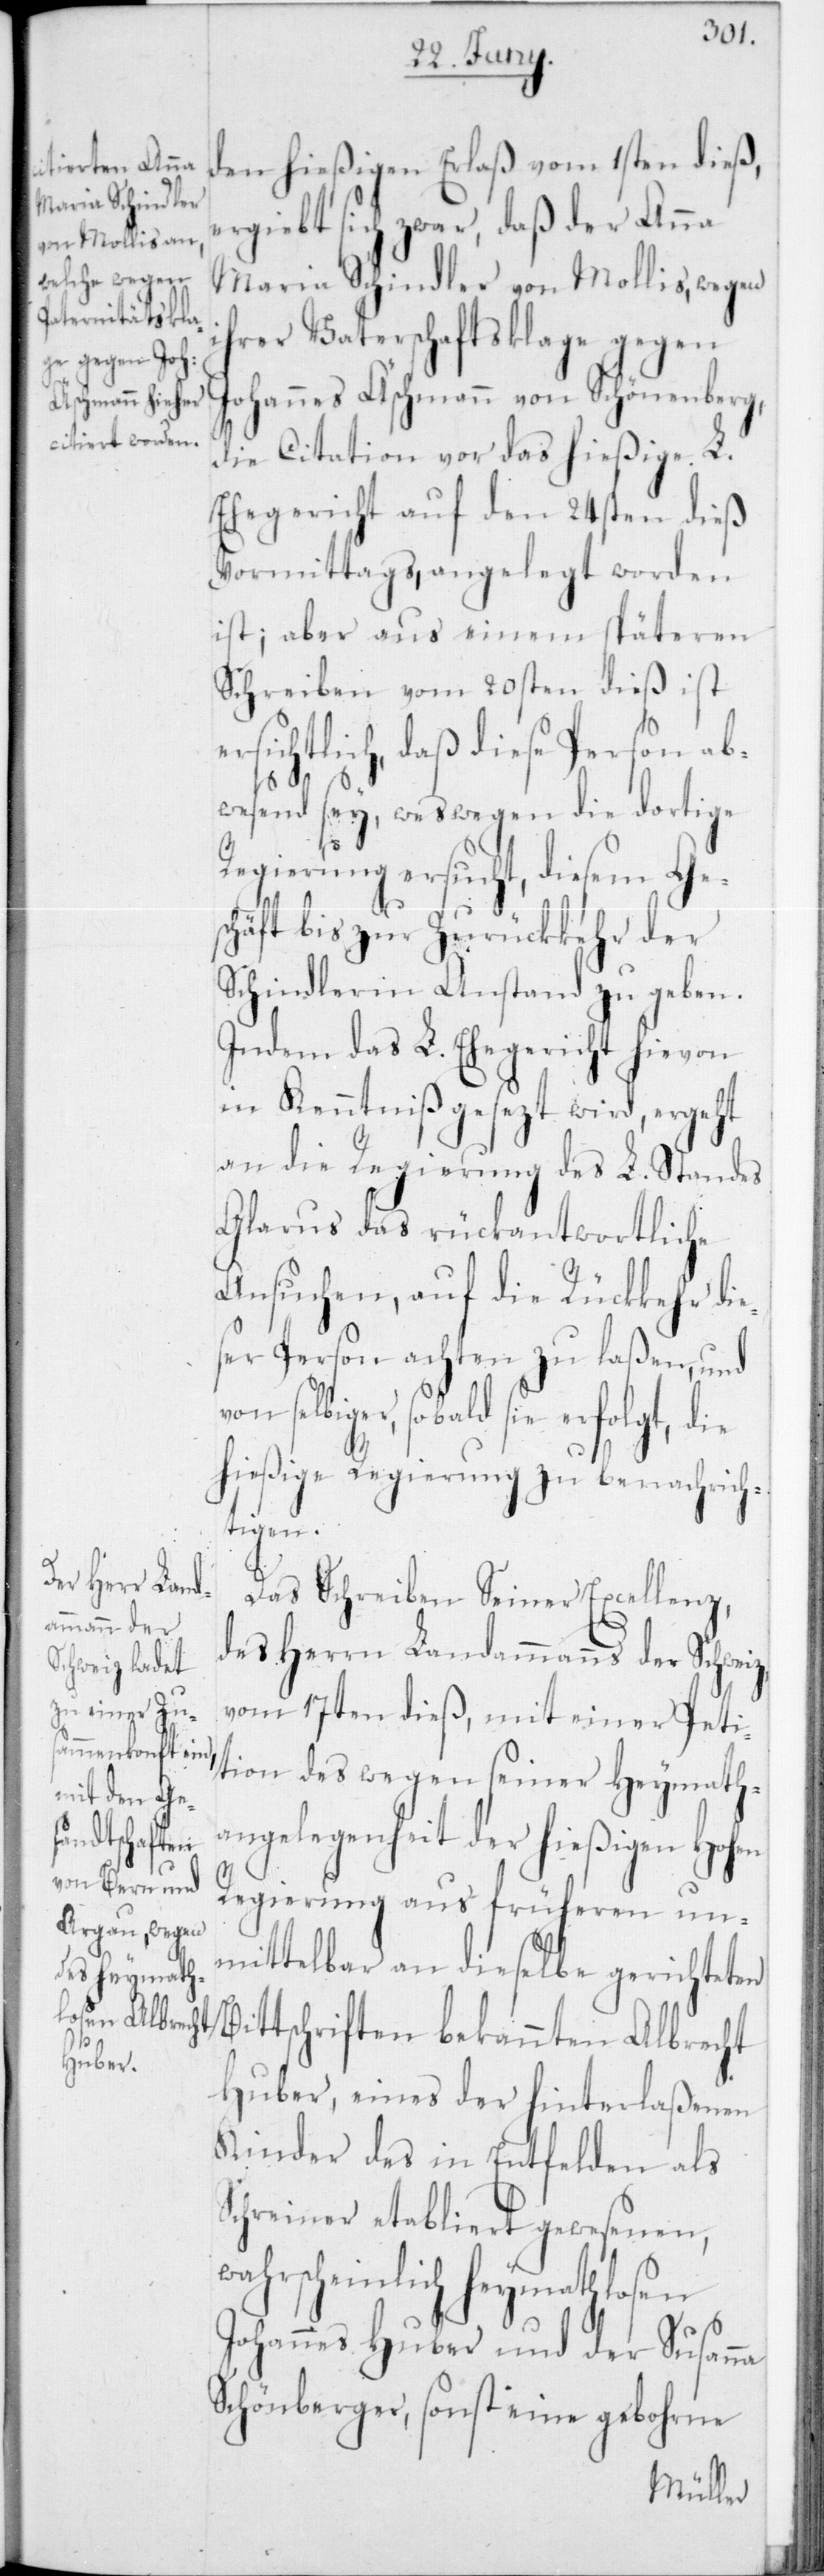
den hießigen Erlaß vom 1sten dieß,
ergibt sich zwar, daß der Anna
Maria Schindler von Mollis, wegen
ihrer Vaterschaftsklage gegen
Johannes Äschmann von Schönenberg,
die Citation vor das hießige L.
Ehegericht auf den 24sten dieß
Vormittags, angelegt worden
ist; aber aus einem späteren
Schreiben vom 20sten dieß ist
ersichtlich, daß diese Person ab¬
wesend sey, weswegen die dortige
Regierung ersucht, diesem Ge¬
B¬
schäft bis zur Zurückkehr der
Schindlerin Anstand zu geben.
Indem das L. Ehegericht hievon
in Kenntniß gesezt wird, ergeht
an die Regierung des L. Standes
Glarus das rückantwortliche
Ansuchen, auf die Rückkehr die¬
ser Person achten zu laßen, und
selbiger, sobald sie erfolgt, die
hießige Regierung zu benachrich¬
tigen.
Das Schreiben Seiner Excellenz,
des Herrn Landammanns der Schweiz,
vom 17ten dieß, mit einer Peti¬
tion des wegen seiner Heymath¬
angelegenheit der hießigen Hohen
Regierung aus früheren un¬
mittelbar an dieselbe gerichteten
ittschriften bekannten Albrecht
Huber, eines der hinterlaßenen
Kinder des in Entfelden als
Schreiner etabliert gewesenen,
wahrscheinlich Heymathlosen
Johannes Huber und der Susanna
Schönberger, sonst eine gebohrne